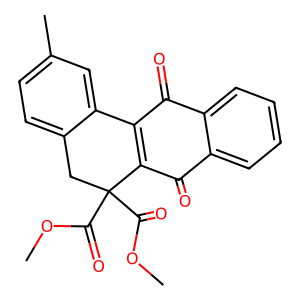
SMILES: COC(=O)C1(C(=O)OC)Cc2ccc(C)cc2C2=C1C(=O)c1ccccc1C2=O
Inhibits HIV replication: No